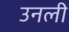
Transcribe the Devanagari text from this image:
उनली